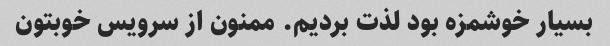
بسیار خوشمزه بود لذت بردیم. ممنون از سرویس خوبتون